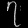
Digit: ၇